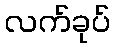
လက်ခုပ်